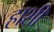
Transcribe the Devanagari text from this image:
हाशी